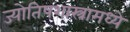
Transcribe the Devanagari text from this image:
ज्योतिषशास्त्रामध्ये